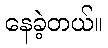
နေခဲ့တယ်။